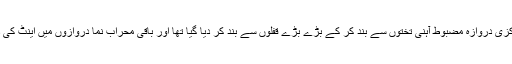
اس مقصد کے لئے مسجد کا مرکزی دروازہ مضبوط آہنی تختوں سے بند کر کے بڑے بڑے قفلوں سے بند کر دیا گیا تھا اور باقی محراب نما دروازوں میں اینٹ کی دیواریں کھڑی کر دی گئی تھیں۔